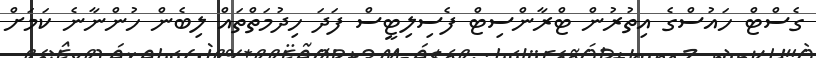
ގެސްޓް ހައުސްގެ އިތުރުން ޓްރާންސިޓް ފެސިލިޓީސް ފަދަ ހިދުމަތްތައް ލިބެން ހުންނާނެ ކަމަށް